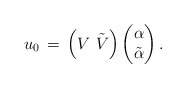
\begin{align*}u_0\,=\, \left(V \,\,\tilde{V}\right)\left(\begin{matrix}\alpha\\ \tilde{\alpha}\end{matrix}\right).\end{align*}